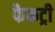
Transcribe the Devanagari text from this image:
फैकट्री